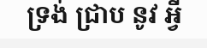
ទ្រង់ ជ្រាប នូវ អ្វី